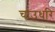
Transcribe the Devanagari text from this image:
चाउधरि